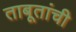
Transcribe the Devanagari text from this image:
ताबूतांची